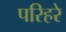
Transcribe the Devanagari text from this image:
परिहरे